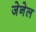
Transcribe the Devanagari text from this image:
जेनेल